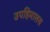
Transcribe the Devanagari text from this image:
उपहिमालय